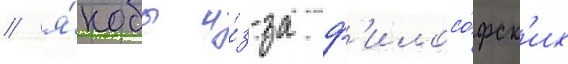
/ я́кобы и́з-за ф'илосо́фск'их